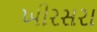
ખીરસરા